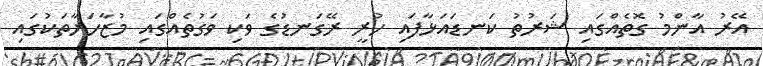
އޭރު އާންމު ގޮތެއްގައި ޝަރުތު ކަނޑައަޅާފައި ހުރީ ރޭގަނޑުގެ ވަކި ވަގުތެއްގައި މުޒާހަރާތަކުގައި